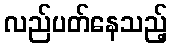
လည်ပတ်နေသည့်